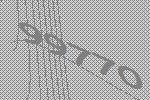
99770